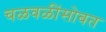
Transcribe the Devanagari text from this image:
चळवळींसोबत